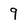
Character: 9